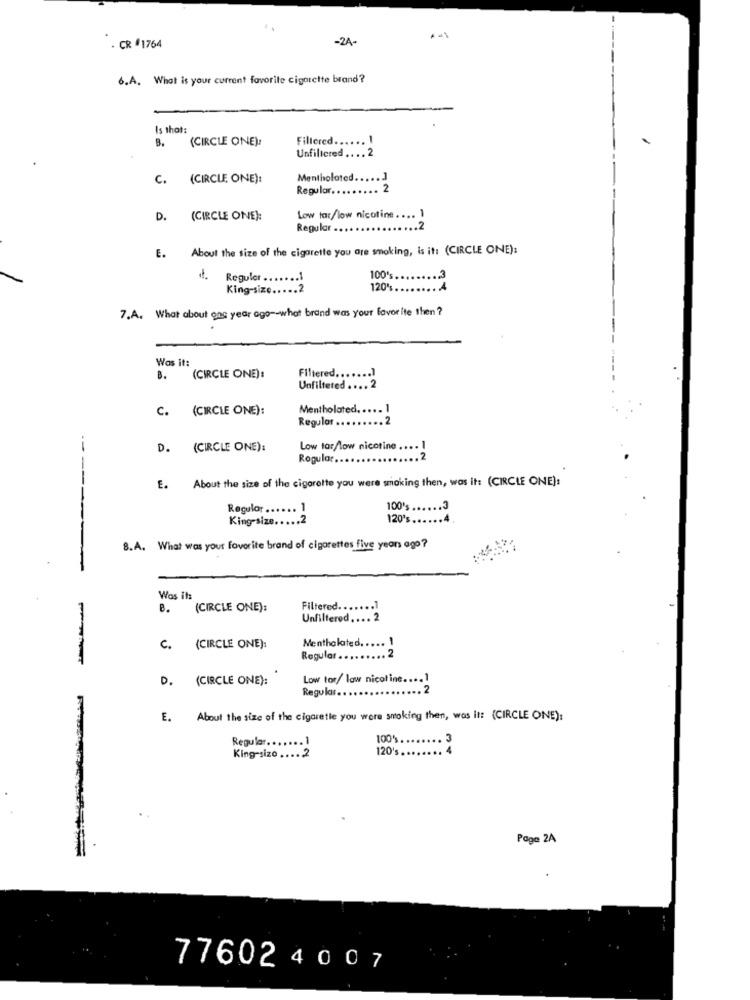
-24-
. CR 1764
6.A. What is your current favorite cigarette brand ?
Is that:
B.
(CIRCLE ONE):
Fillered .....
Unfiltered ....
C.
(CIRCLE ONE):
Mentholated
Regular ..
2
D. (CIRCLE ONE):
Low tar/low nicotine. ..
Regular .
E. About the size of the cigarette you are smoking, is it: (CIRCLE ONE):
Reguler ..
100%.
.3
King-size ...
120
7.A. What about gas year ago-what brand was your favorite then?
Was it:
B.
(CIRCLE ONE) :
Filtered ....... ]
Unfiltered .... 2
c.
(CIRCLE ONE):
Mentholated. ...
-
Regular ...
D. (CIRCLE ONE):
Low tor/low nicotine ....
Rogular ..
E. About the size of the cigarette you were smoking then, was it: (CIRCLE ONE):
Regular ...... ]
100% ...... 3
King-size ..... 2
120's.
-----
8.A. What was your favorite brand of cigarettes five years ago ?
Was it:
B.
(CIRCLE ONE):
Filtered ....
Unfiltered.
C. (CIRCLE ONE):
Mentholated. ...
Regular ..
.. 2
D. (CIRCLE ONE):
Low tor/ law nicotine ....
Regular ..
E.
About the size of the cigaretle you were smoking then, was it: (CIRCLE ONE):
100%
Regular ....... ]
120's.
. 4
King-size .... 2
Page 2A
77602 4007